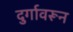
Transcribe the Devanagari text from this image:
दुर्गावरून